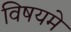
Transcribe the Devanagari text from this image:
विषयमे